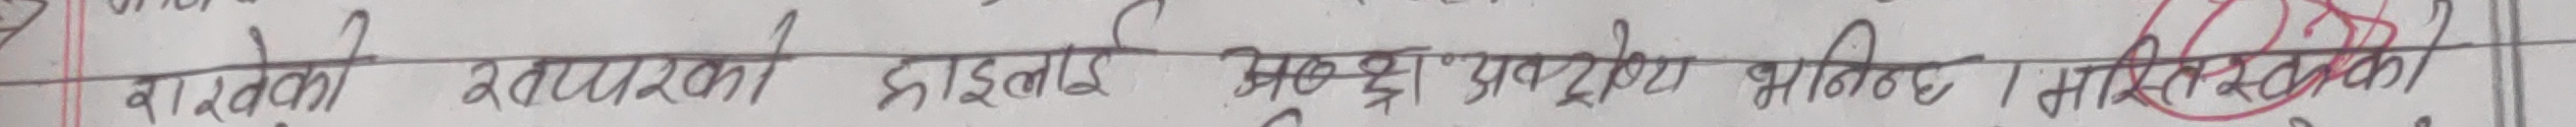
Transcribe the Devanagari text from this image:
वास्तविक खाध्यपरी डाइलाइ मुख्री प्रयोग भएको मानिनछ। यसकारण